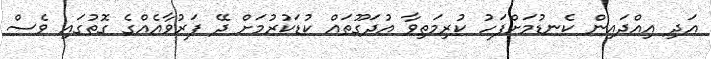
އަދި އިއްދައިން ކެނޑުމަށްފަހު ކުރިމަތިވާ އުދަގޫތައް ކުޑަކުރުމަށް ދޭ ފަރުވާއެއްގެ ގޮތުގައި ވެސް